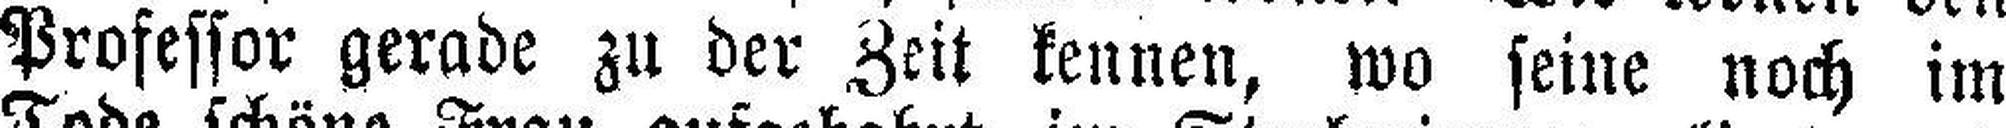
Professor gerade zu der Zeit kennen, wo seine noch im